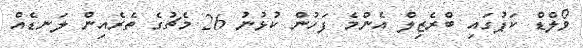
ވޯލްޑް ކަޕުގައި ބްރެޒިލް އެންމެ ފަހުން ކުޅުނު 26 މެޗުގެ ތެރެއިން ލަނޑެއް